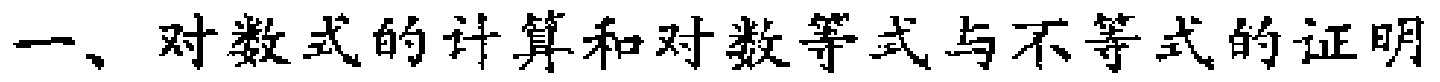
一、对数式的计算和对数等式与不等式的证明